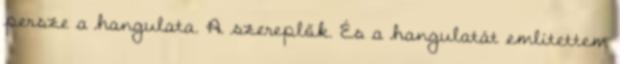
persze a hangulata. A szereplők. És a hangulatát említettem